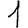
Digit: 1